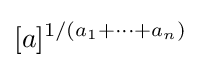
[a]^{1/(a_{1}+\cdots +a_{n})}